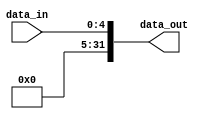
`timescale 1ns / 1ps
module ext5(
    input [4:0]data_in,
    output [31:0]data_out
);
    assign data_out = {27'b0,data_in};

endmodule